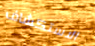
الاستكشاف